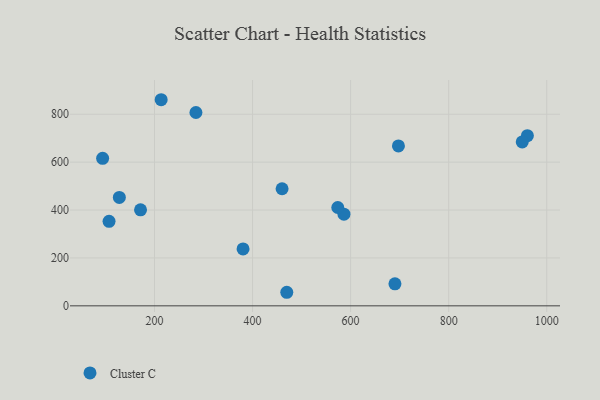
{"axis": {"x": "Experience", "y": "Rating"}, "legend": ["Cluster C"], "data": [{"x": "690.4", "y": 91.8, "type": "Cluster C"}, {"x": "107.3", "y": 353.1, "type": "Cluster C"}, {"x": "586.4", "y": 382.7, "type": "Cluster C"}, {"x": "213.6", "y": 860.7, "type": "Cluster C"}, {"x": "573.8", "y": 410.7, "type": "Cluster C"}, {"x": "380.6", "y": 237.5, "type": "Cluster C"}, {"x": "128.3", "y": 452.6, "type": "Cluster C"}, {"x": "469.8", "y": 56.6, "type": "Cluster C"}, {"x": "284.5", "y": 807.3, "type": "Cluster C"}, {"x": "94.2", "y": 616.0, "type": "Cluster C"}, {"x": "697.5", "y": 667.6, "type": "Cluster C"}, {"x": "171.5", "y": 401.0, "type": "Cluster C"}, {"x": "960.5", "y": 710.4, "type": "Cluster C"}, {"x": "950.0", "y": 684.4, "type": "Cluster C"}, {"x": "460.2", "y": 488.9, "type": "Cluster C"}]}